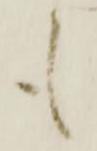
も